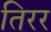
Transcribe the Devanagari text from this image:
तिरर